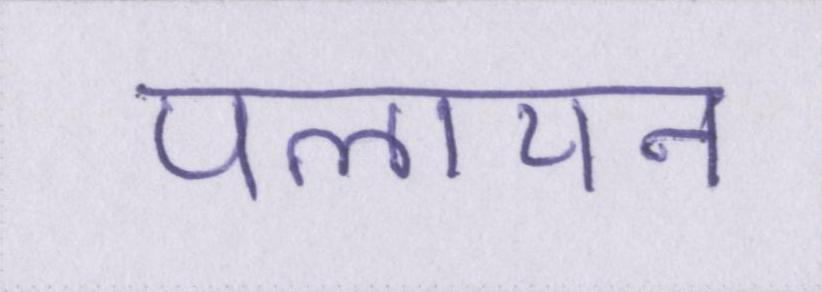
पलायन